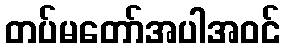
တပ်မတော်အပါအဝင်